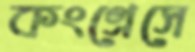
কংগ্রেসে